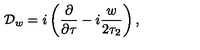
{ { \cal D } _ { w } = i \left( { \frac { \partial } { \partial \tau } } - i { \frac { w } { 2 \tau _ { 2 } } } \right) , }